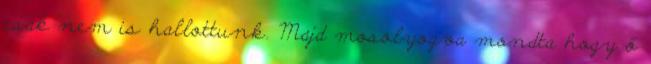
csak nem is hallottunk. Majd mosolyogva mondta hogy ő